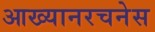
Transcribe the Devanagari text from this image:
आख्यानरचनेस